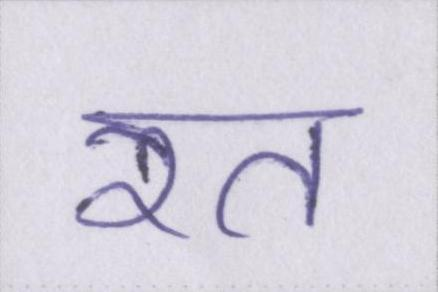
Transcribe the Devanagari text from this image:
रत